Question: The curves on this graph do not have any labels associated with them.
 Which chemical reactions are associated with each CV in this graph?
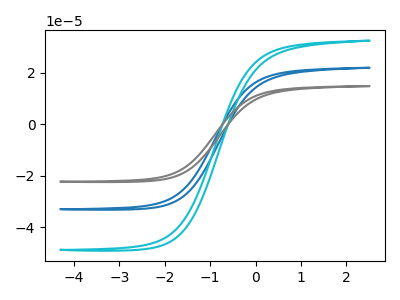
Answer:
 <answer>The blue curve does not have a label. The cyan curve does not have a label. The gray curve does not have a label.</answer>
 <eval></eval>